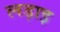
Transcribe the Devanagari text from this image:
लड़ाइ